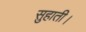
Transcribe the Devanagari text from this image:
सुहाती।